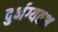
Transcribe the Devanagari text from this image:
दुर्भग्यवश